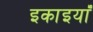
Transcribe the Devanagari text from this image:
इकाइयांँ